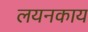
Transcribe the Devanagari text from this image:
लयनकाय